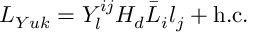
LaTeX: L _ { Y u k } = Y _ { l } ^ { i j } H _ { d } \bar { L } _ { i } l _ { j } + \mathrm { h . c . }